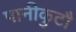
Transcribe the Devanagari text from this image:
पानीकुटौ